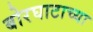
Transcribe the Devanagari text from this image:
बोरघाटाच्या